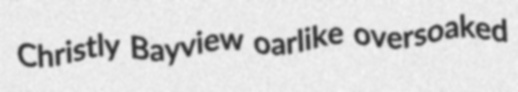
Christly Bayview oarlike oversoaked